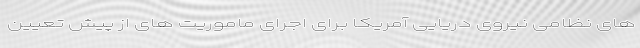
های نظامی نیروی دریایی آمریکا برای اجرای ماموریت های از پیش تعیین